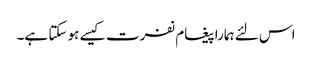
اس لئے ہمارا پیغام نفرت کیسے ہو سکتا ہے۔